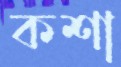
কশা